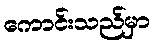
ကောင်းသည်မှာ